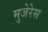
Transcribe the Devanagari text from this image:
मुजेरेस